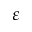
\varepsilon